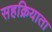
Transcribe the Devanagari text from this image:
सहक्रियाता